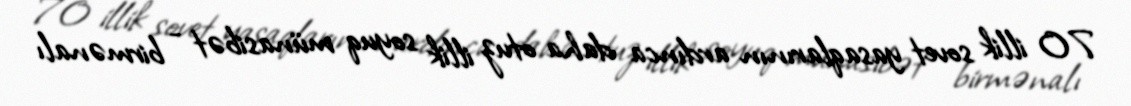
70 illik sovet yasaqlarının ardınca daha otuz illik soyuq münasibət - birmənalı